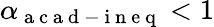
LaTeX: \alpha_{\mathrm{~a~c~a~d~-~i~n~e~q~}}<1